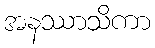
အနဿာသိကာ